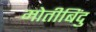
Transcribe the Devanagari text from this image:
मोतीबिंदु